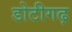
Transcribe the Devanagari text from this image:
डोटीगढ़